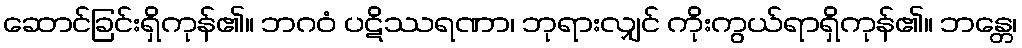
ဆောင်ခြင်းရှိကုန်၏။ ဘဂဝံ ပဋိဿရဏာ၊ ဘုရားလျှင် ကိုးကွယ်ရာရှိကုန်၏။ ဘန္တေ၊